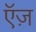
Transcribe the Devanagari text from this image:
ऍज़